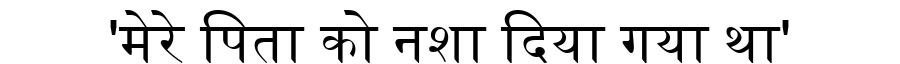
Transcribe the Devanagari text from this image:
'मेरे पिता को नशा दिया गया था'